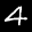
Label: 4